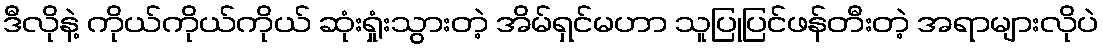
ဒီလိုနဲ့ ကိုယ်ကိုယ်ကိုယ် ဆုံးရှုံးသွားတဲ့ အိမ်ရှင်မဟာ သူပြုပြင်ဖန်တီးတဲ့ အရာများလိုပဲ